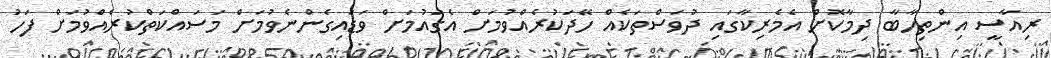
ރިއާސީ އިންތިހާބާ ދިމާކޮށް އެމެރިކާގައި ދުވަސްތަކެއް ހޭދަކުރެއްވުމަށް އެގައުމަށް ވަޑައިގެންނެވުމަށް މަސައްކަތްކުރެއްވުމަށް ފަހު